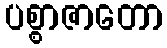
ပစ္စာဇာတော